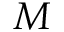
M